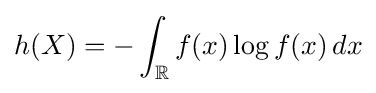
h(X)=-\int _{\mathbb {R} }f(x)\log f(x)\,dx